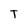
Character: T